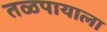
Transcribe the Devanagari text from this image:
तळपायाला